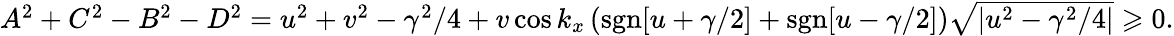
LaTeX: \begin{array}{r}{A^{2}+C^{2}-B^{2}-D^{2}=u^{2}+v^{2}-\gamma^{2}/4+v\cos k_{x}\left(\mathrm{sgn}[u+\gamma/2]+\mathrm{sgn}[u-\gamma/2]\right)\sqrt{|u^{2}-\gamma^{2}/4|}\geqslant 0.}\end{array}